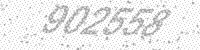
Solution: 902558